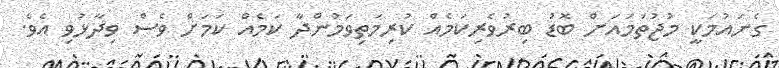
ގެނައުމަކީ މުޖުތަމައަށް ބޮޑު ބިރުވެރިކަމެއް ކުރިމަތިވަމުންދާ ކަމެއް ކަމަށް ވެސް ވިދާޅުވި އެވެ.